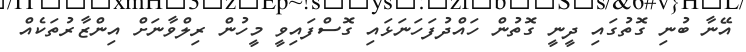
އޭނާ ބުނި ގޮތުގައި ދީނީ ގޮތުން ހައްދުފަހަނަޅައި ގޮސްފައިވީ މީހުން ރިލްވާނަށް އިންޒާރުތަކެއް